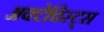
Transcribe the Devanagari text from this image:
अक्टेविस्ट्स